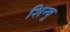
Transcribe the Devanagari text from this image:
शिन्वु